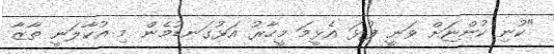
"ކުނި ކުންޏަށް ވަނީ ފުޅަ އެޅީމަ މީހާރު އަޅުގަނޑުމެން މި އުކާލަނީ ތާޒާ